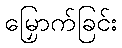
မြှောက်ခြင်း